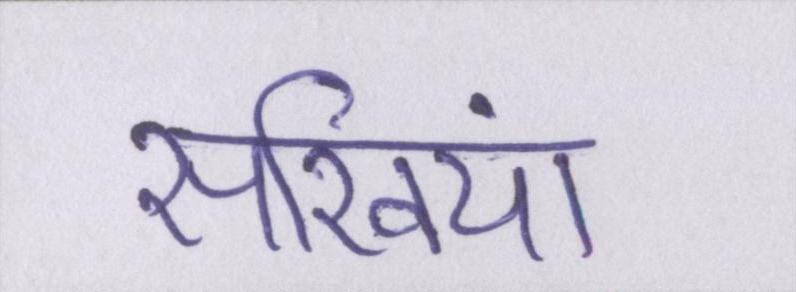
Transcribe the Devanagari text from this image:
सखियां